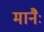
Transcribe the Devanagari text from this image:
मानैः